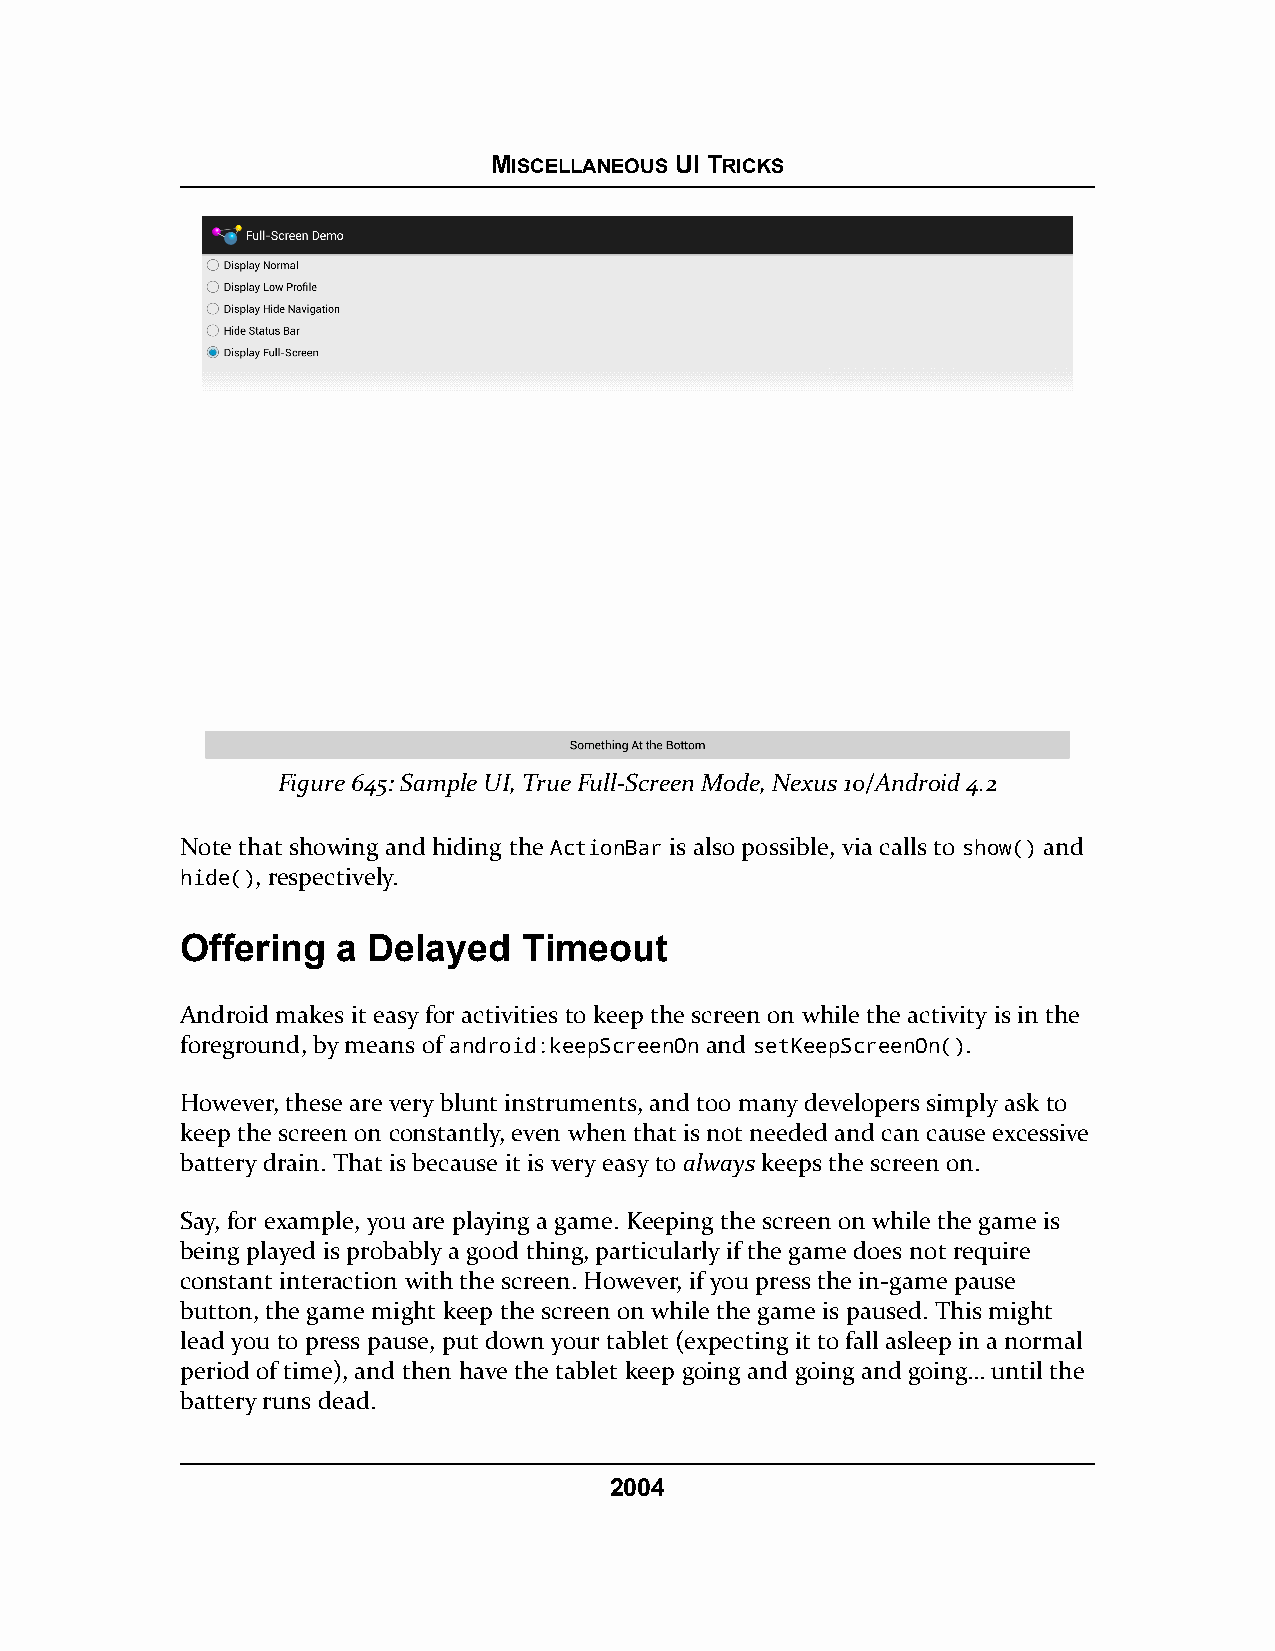
MISCELLANEOUS UI TRICKS
 Figure 645: Sample UI, True Full-Screen Mode, Nexus 10/Android 4.2
 Note that showing and hiding the ActionBar is also possible, via calls to show() and
 hide(), respectively.
 Offering  a Delayed    Timeout
 Android makes it easy for activities to keep the screen on while the activity is in the
 foreground, by means of android:keepScreenOn and setKeepScreenOn().
 However, these are very blunt instruments, and too many developers simply ask to
 keep the screen on constantly, even when that is not needed and can cause excessive
 battery drain. That is because it is very easy to always keeps the screen on.
 Say, for example, you are playing a game. Keeping the screen on while the game is
 being played is probably a good thing, particularly if the game does not require
 constant interaction with the screen. However, if you press the in-game pause
 button, the game might keep the screen on while the game is paused. This might
 lead you to press pause, put down your tablet (expecting it to fall asleep in a normal
 period of time), and then have the tablet keep going and going and going… until the
 battery runs dead.
 2004